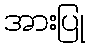
အားပြု